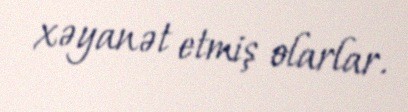
xəyanət etmiş olarlar.